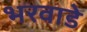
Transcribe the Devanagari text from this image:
भरवाडे